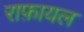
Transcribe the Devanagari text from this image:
राफ़ायल